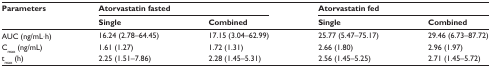
| <ROWSPAN=2> Parameters | <COLSPAN=2> Atorvastatin fasted | <COLSPAN=2> Atorvastatin fed |
 | Single | Combined | Single | Combined |
 | --- | --- | --- | --- | --- |
 | AUC (ng/mL⋅h) | 16.24 (2.78–64.45) | 17.15 (3.04–62.99) | 25.77 (5.47–75.17) | 29.46 (6.73–87.72) |
 | Cmax (ng/mL) | 1.61 (1.27) | 1.72 (1.31) | 2.66 (1.80) | 2.96 (1.97) |
 | tmax (h) | 2.25 (1.51–7.86) | 2.28 (1.45–5.31) | 2.56 (1.45–5.25) | 2.71 (1.45–5.72) |